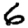
Digit: 6